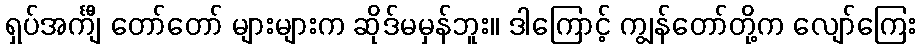
ရှပ်အင်္ကျီ တော်တော် များများက ဆိုဒ်မမှန်ဘူး။ ဒါကြောင့် ကျွန်တော်တို့က လျော်ကြေး